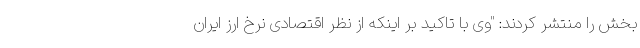
بخش را منتشر کردند: "وی با تاکید بر اینکه از نظر اقتصادی نرخ ارز ایران